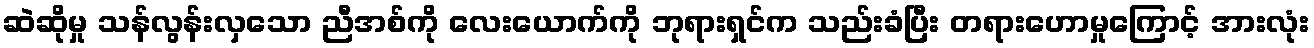
ဆဲဆိုမှု သန်လွန်းလှသော ညီအစ်ကို လေးယောက်ကို ဘုရားရှင်က သည်းခံပြီး တရားဟောမှုကြောင့် အားလုံး